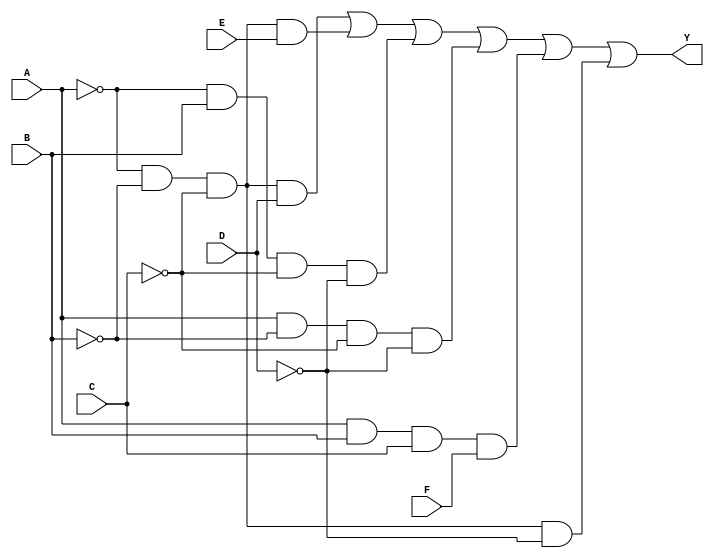
module six_variable_kmap (
    input wire A,    // Input variable A
    input wire B,    // Input variable B
    input wire C,    // Input variable C
    input wire D,    // Input variable D
    input wire E,    // Input variable E
    input wire F,    // Input variable F
    output wire Y    // Output
);

// Internal signals for intermediate calculations
wire A_not, B_not, C_not, D_not, E_not, F_not;

// Inverting input variables
not (A_not, A);
not (B_not, B);
not (C_not, C);
not (D_not, D);
not (E_not, E);
not (F_not, F);

// Implementing the simplified boolean expression
assign Y = (A_not & B_not & C_not & D) |  // A'B'C'D
           (A_not & B_not & C_not & E) |  // A'B'C'E
           (A_not & B & C_not & D_not) |  // A'BC'D'
           (A & B_not & C_not & D_not) |  // AB'C'D'
           (A & B & C & F) |               // ABCF
           (A_not & B_not & C_not & D_not); // A'B'C'D'

endmodule